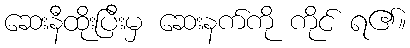
ဆေးနီထိုးပြီးမှ ဆေးနက်ကို ကိုင် ရ၏။